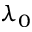
\lambda _ { 0 }